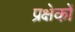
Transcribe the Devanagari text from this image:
प्रक्षेकों